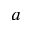
a